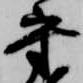
守